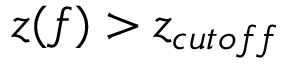
z ( f ) > z _ { c u t o f f }